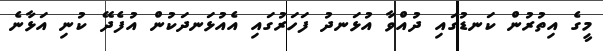
މީގެ އިތުރުން ކަނޑުގައި ދުއްވާ އުޅަނދު ފަހަރުގައި އެއުޅަނދަކުން އުފެދޭ ކުނި އަޅާނެ